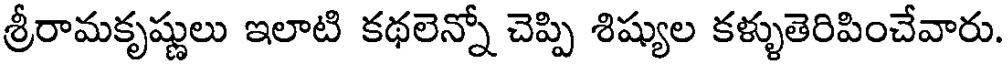
శ్రీరామకృష్ణులు ఇలాటి కథలెన్నో చెప్పి శిష్యుల కళ్ళుతెరిపించేవారు.